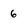
Character: 6